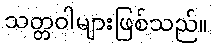
သတ္တဝါများဖြစ်သည်။